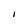
Character: I